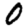
Digit: 0